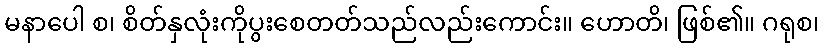
မနာပေါ စ၊ စိတ်နှလုံးကိုပွးစေတတ်သည်လည်းကောင်း။ ဟောတိ၊ ဖြစ်၏။ ဂရုစ၊